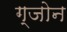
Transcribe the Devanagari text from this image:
ग्जोन